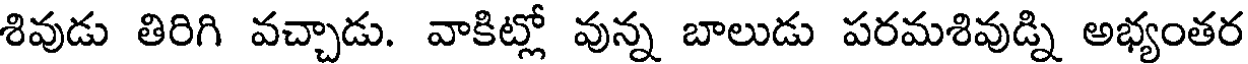
శివుడు తిరిగి వచ్చాడు. వాకిట్లో వున్న బాలుడు పరమశివుడ్ని అభ్యంతర